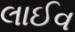
લાઈવ